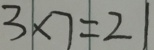
3 \times 7 = 2 1